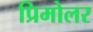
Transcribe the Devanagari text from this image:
प्रिमोलर